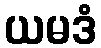
ယမဒံ